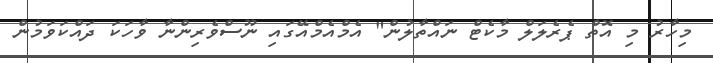
މިހާރު މި އޮތް ޕެރެލަލް މާކެޓް ނައްތާލުން" އެމްއެމްއޭގައި ނޫސްވެރިންނާ ވާހަކަ ދައްކަވަމުން